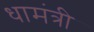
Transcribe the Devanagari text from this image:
धामंत्री